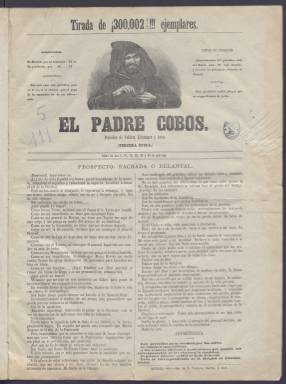
Título: El Padre Cobos (Madrid. 1869)
Colección: Periódicos || Revistas satíricas y humorísticas
Ámbito geográfico: Madrid
Lugar de publicación: Madrid
Fechas: 01/01/1869-30/11/1869